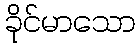
ခိုင်မာသော